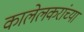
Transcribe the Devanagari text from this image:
कालेलकरांच्या